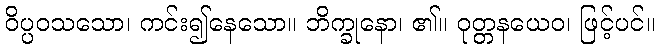
ဝိပ္ပဝသသော၊ ကင်း၍နေသော။ ဘိက္ခုနော၊ ၏။ ဝုတ္တနယေဝ၊ ဖြင့်ပင်။